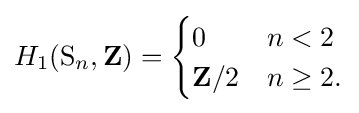
H_{1}(\mathrm {S} _{n},\mathbf {Z} )={\begin{cases}0&n<2\\\mathbf {Z} /2&n\geq 2.\end{cases}}